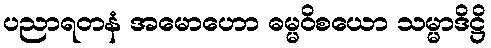
ပညာရတနံ အမောဟော ဓမ္မဝိစယော သမ္မာဒိဋ္ဌိ